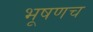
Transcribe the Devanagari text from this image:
भूषणच